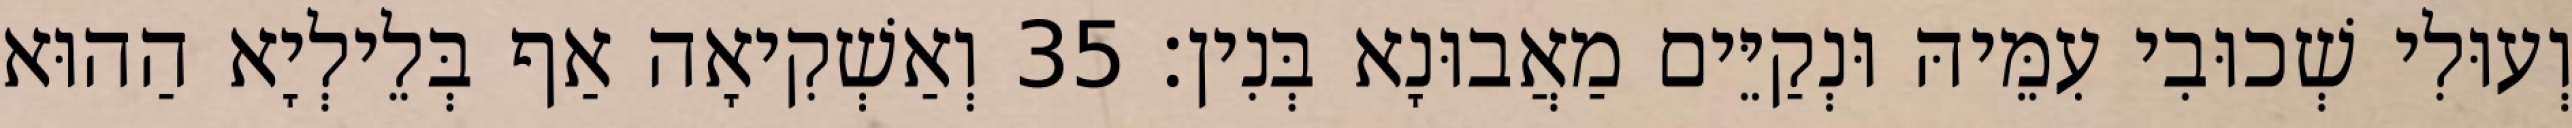
וְעוּלִי שְׁכוּבִי עִמֵּיהּ וּנְקַיֵּים מַאֲבוּנָא בְּנִין׃ 35 וְאַשְׁקִיאָה אַף בְּלֵילְיָא הַהוּא